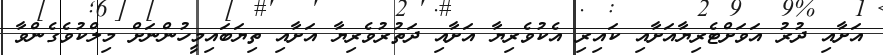
އަށާއި ދުރު އަވަށްޓެރިޔާއަށާއި ކައިރި އެކުވެރިޔާ އަށާއި ދަތުރުވެރިޔާ އަށާއި ތިޔަބައިމީހުންނަށް މިލްކުވެގެންވާ